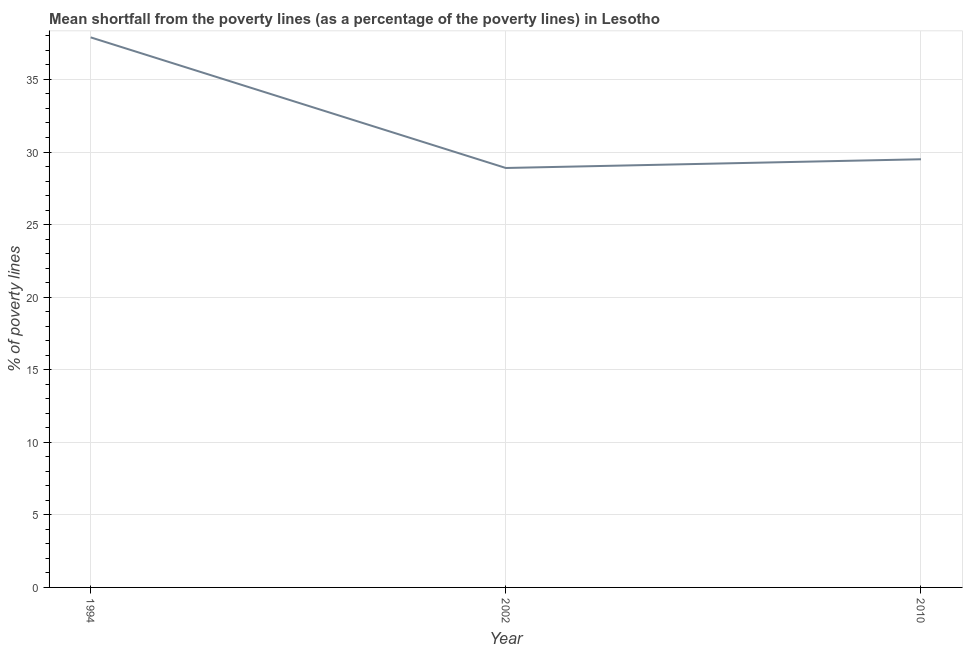
| Year | Poverty gap at national poverty lines |
 | --- | --- |
 | 1994 | 37.9 |
 | 2002 | 28.9 |
 | 2010 | 29.5 |